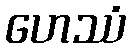
ဟေဿံ